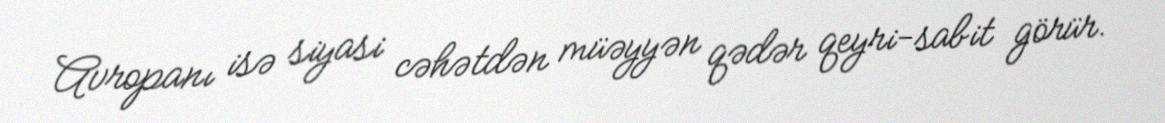
Avropanı isə siyasi cəhətdən müəyyən qədər qeyri-sabit görür.